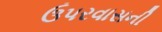
ઉપરવાસની